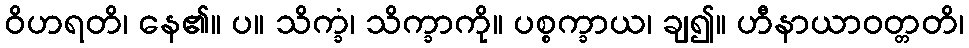
ဝိဟရတိ၊ နေ၏။ ပ။ သိက္ခံ၊ သိက္ခာကို။ ပစ္စက္ခာယ၊ ချ၍။ ဟီနာယာဝတ္တတိ၊